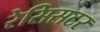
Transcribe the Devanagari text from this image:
रेसिसटर